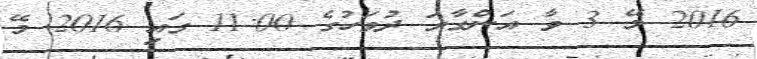
2016 މޭ 3 ވާ އަންގާރަ ދުވަހުގެ 11:00 ގައި 2016 މޭ